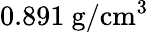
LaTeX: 0.891~\mathrm{g/cm^{3}}